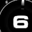
Digit: 6